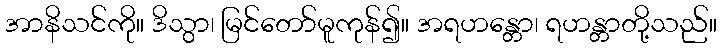
အာနိသင်ကို။ ဒိသွာ၊ မြင်တော်မူကုန်၍။ အရဟန္တော၊ ရဟန္တာတို့သည်။